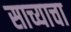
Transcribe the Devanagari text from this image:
साच्याचा